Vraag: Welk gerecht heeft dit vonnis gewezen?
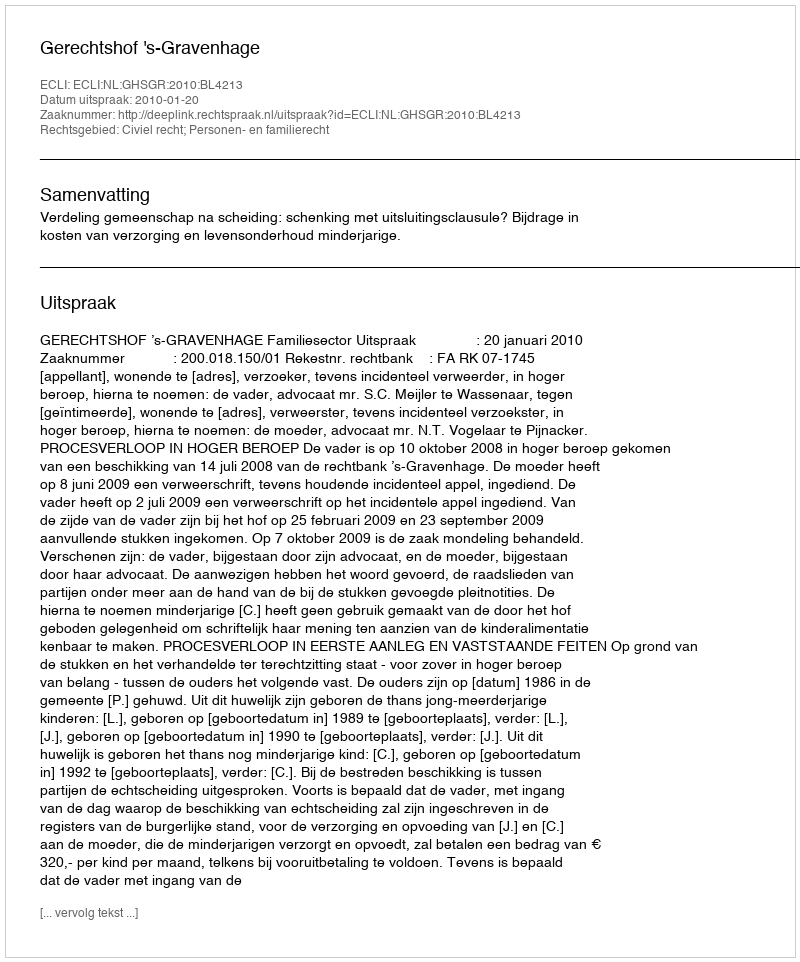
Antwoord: Gerechtshof 's-Gravenhage